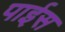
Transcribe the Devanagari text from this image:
पाईस